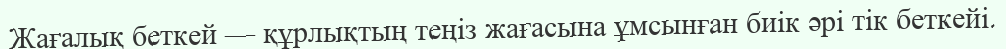
Жағалық беткей — құрлықтың теңіз жағасына ұмсынған биік әрі тік беткейі.